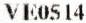
VE0514